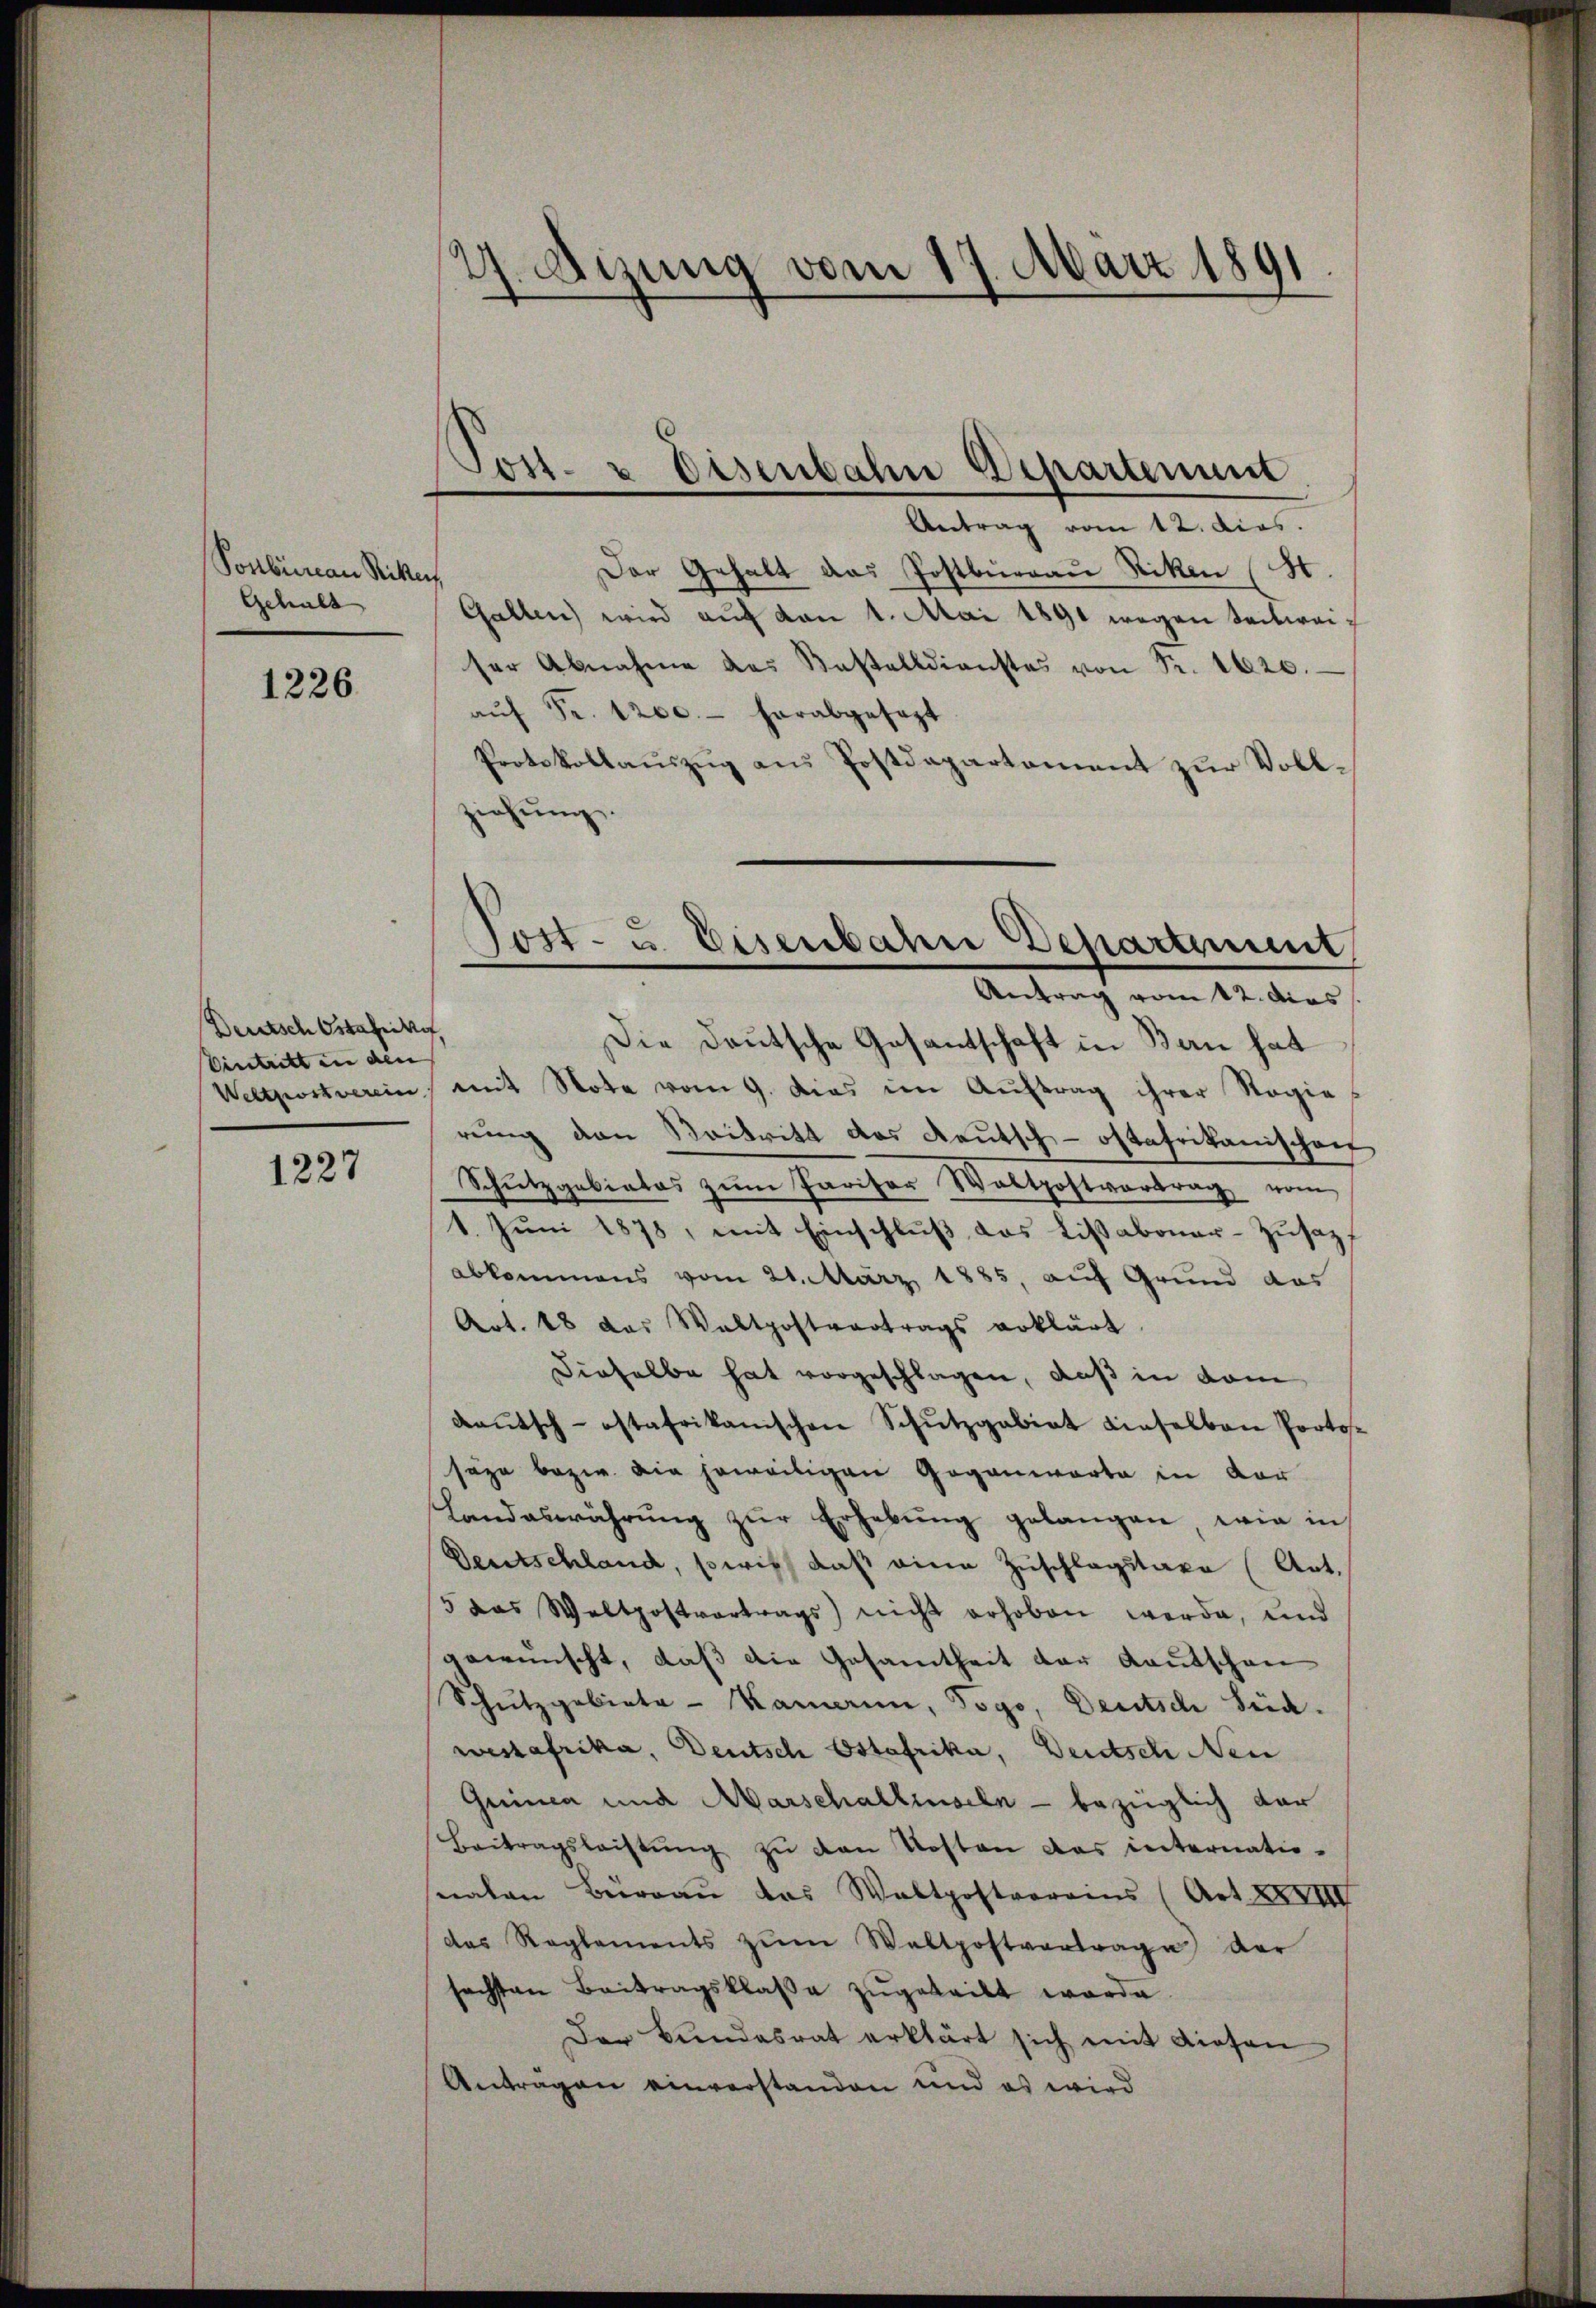
Ponbüreau Ritten,
Gehalt

1226

Deutsch Ostahitif,
Eintritt in den

1227

4. Mannig vom 17. März 1891
.

Tost- & Eisenbahn Departement

Antrag vom 12. dies.
Der Gehalt das Postbureau Riken (S.
Gallen wird auf von 1. Mai 1891 wegen Seitweiser Abnahme des Kastelldienstes von Fr. 1620.
aŭf Fr. 1200.- herabgesezt
Protokollauszug aus Postdepartement zur Vollziehung.
Die Deutsche Gesantschaft in Bern hat
Weltpostverein mit Note vom 9. Dies im Auftrag ihrer Stagie
rung den Beitritt das Reutsch-oftafrikanischen
Schŭtzgebietes zŭm Pariser Waltpostvertrag vom
1. Juni 1878, mit Einschluß das Lissaboner-Zusaz,
abkommens vom 21. März 1885, auf Grund das
Art. 18 das Waltpostvertrags erklärt
dieselbe hat vorgeschlagen, daß in vom
daŭtsch-ostafrikanischen Schŭtzgabirt dieselben Protos-
seze bezw. die jeweiligen Gegenwarte in vor
Landaswährung zur Erhebung gelangen, wie in
Deutschland, sowie daß eine Zuschlagstaxe (Art.
5 das Weltpostvertrags) nicht erhoben werde, und
gewünscht, daß die Gesamtheit der Kautschen
Schutzgebiete - Kamann, Togo, Deutsch Süd.
wesafrika, Deutsch Ostafrika, Deutsch Neu
Guinca und Abarschalliseln - bezüglich dar
Beitragsleistŭng zŭ den Kosten das internatio-
snaten Büreau das Waltpostroreins (Art. XXXIII
das Reglements zŭm Waltpostvertrage der
söchsten Beitragsklasse zugeteilt werde.
Der Bundesrat erklärt sich mit diesen
Anträgen einverstanden und es wird

Tost- u. Eisenbahn Departement
Antrag vom 12. dies